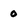
Character: 0